NAE_ERA_R-2324_Eesti_Vabariigi_Pohiseaduslik_Assamblee, lk 148
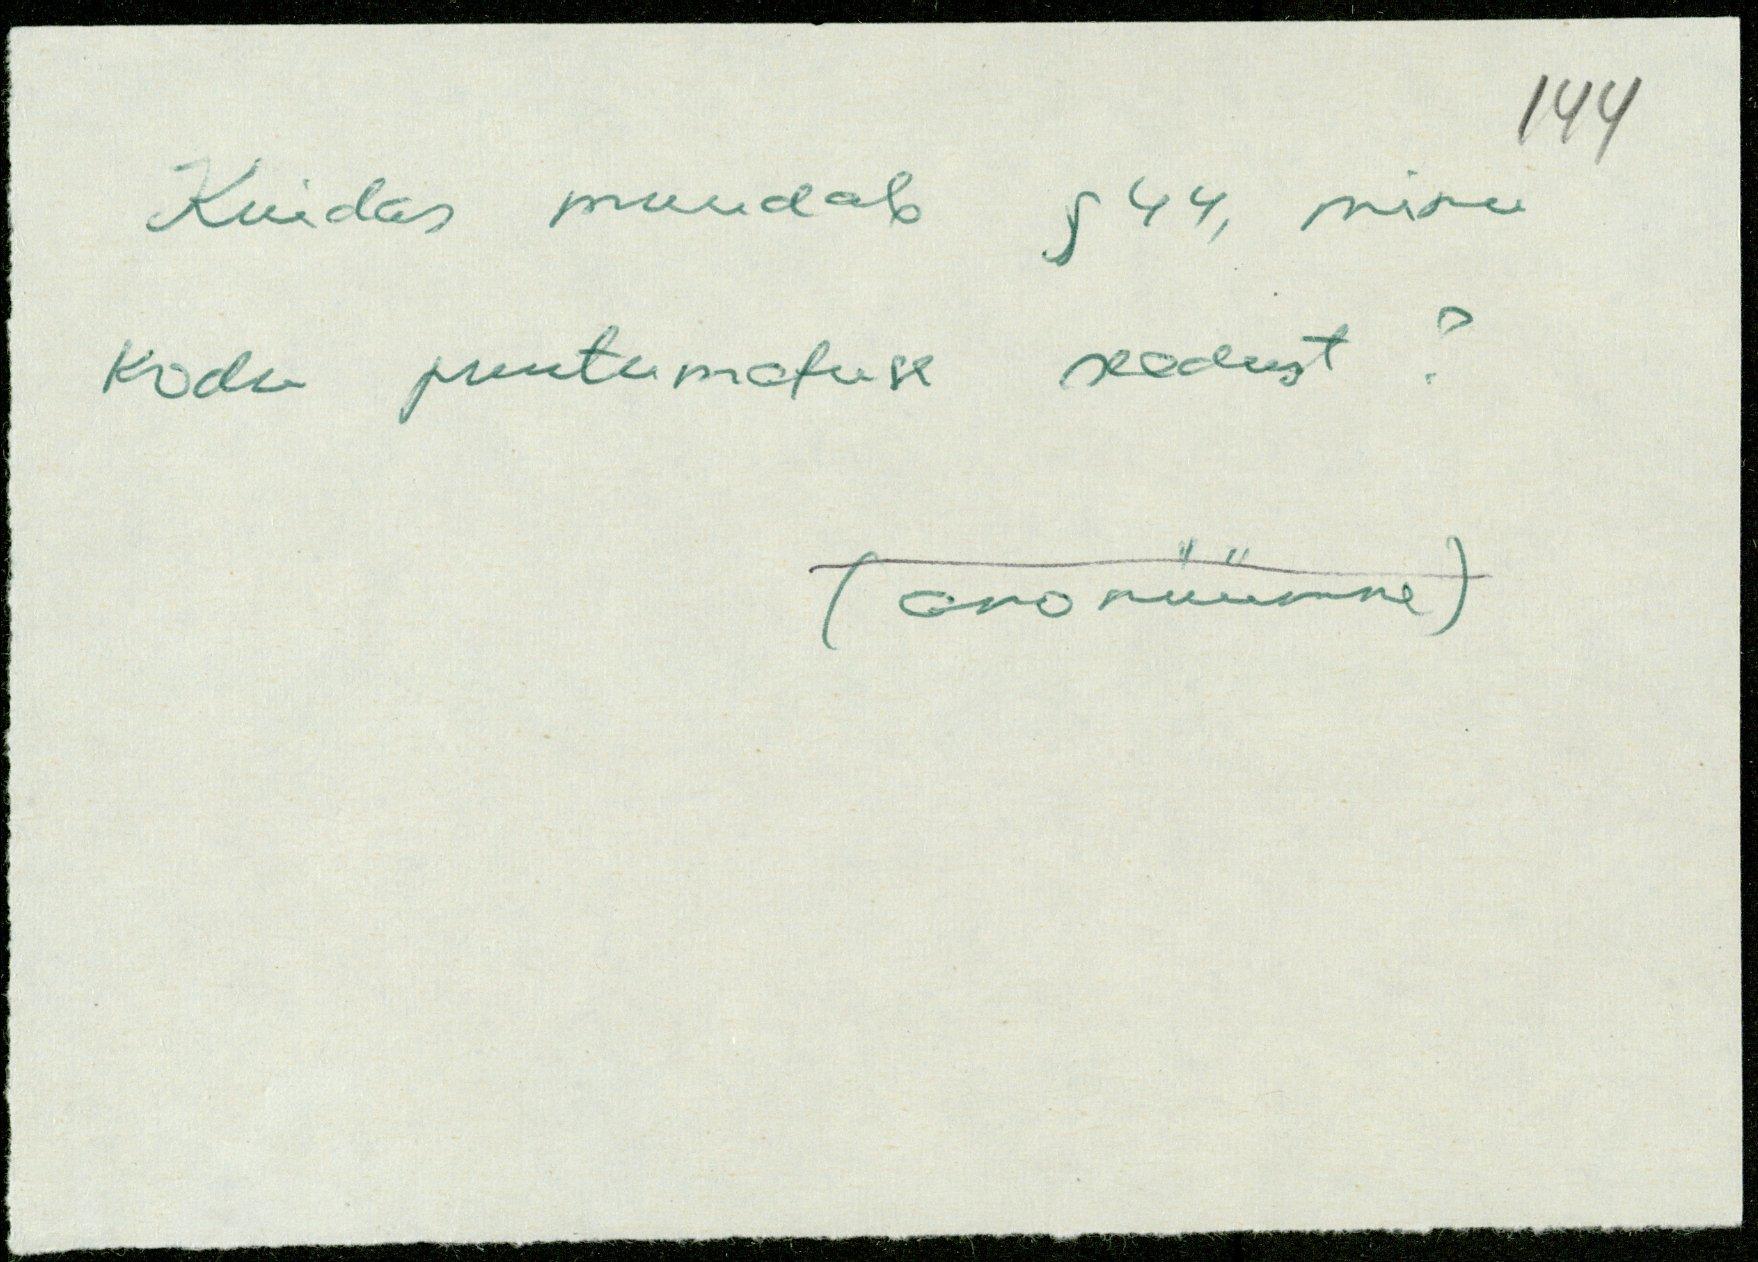
Kuidas muudab §44, minu
kodu puutumatuse seadust?
(anonüümne)